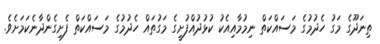
ތިނަދޫގެ މަގު ހެދުމުގެ މަސައްކަތް ނިމުމާއިއެކު ކުޅުދުއްފުށީގެ މަގުތައް ހެދުމުގެ މަސައްކަތް ފެށިގެންދާނެކަމަށެވެ.